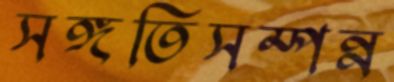
সঙ্গতিসম্পন্ন